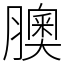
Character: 䐿